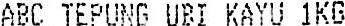
ABC TEPUNG UBI KAYU 1KG